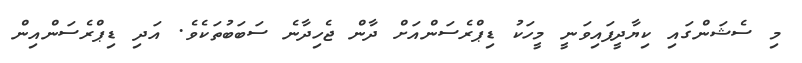
މި ސެޝަންގައި ކިޔާދީފައިވަނީ މީހަކު ޑިޕްރެސަންއަށް ދާން ޖެހިދާނެ ސަބަބުތަކެވެ. އަދި ޑިޕްރެސަންއިން